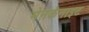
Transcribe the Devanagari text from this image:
मेनकॅनाइट